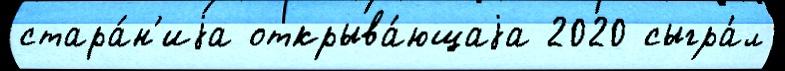
стара́н'иjа открыва́ющаjа 2020 сыгра́л